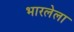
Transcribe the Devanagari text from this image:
भारलेला